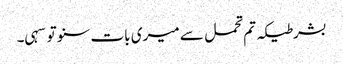
بشرطیکہ تم تحمل سے میری بات سنو تو سہی۔